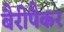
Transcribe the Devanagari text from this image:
बैरीपैकर